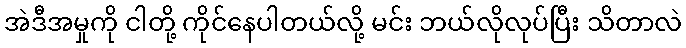
အဲဒီအမှုကို ငါတို့ ကိုင်နေပါတယ်လို့ မင်း ဘယ်လိုလုပ်ပြီး သိတာလဲ